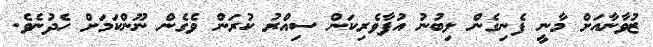
ޒުވާނާއަށް މާނީ ފެނިގެން ލިބުނު އުފާވެރިކަން ސިއްރު ކުރަން ވެގެން ނޫންކަމަށް ހެދުނެވެ.